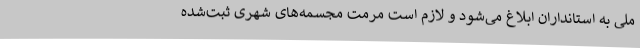
ملی به استانداران ابلاغ می‌شود و لازم است مرمت مجسمه‌های شهری ثبت‌شده